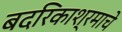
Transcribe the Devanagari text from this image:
बदरिकाश्रमाचे